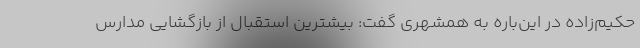
حکیم‌زاده در این‌باره به همشهری گفت: بیشترین استقبال از بازگشایی مدارس